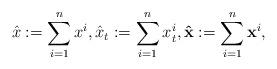
LaTeX: \begin{align*}\hat{x}:=\sum_{i=1}^n x^i, \hat{x}_t:= \sum_{i=1}^n x_t^i, \mathbf{\hat{x}}:=\sum_{i=1}^n \mathbf{x}^i,\end{align*}